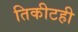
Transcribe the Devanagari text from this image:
तिकीटही